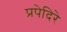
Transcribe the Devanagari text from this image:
प्रपेदिरे